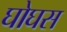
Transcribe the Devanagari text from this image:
घोघस